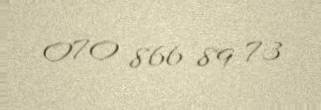
070 866 89 73